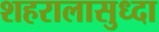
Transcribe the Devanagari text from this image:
शहरालासुध्दा